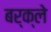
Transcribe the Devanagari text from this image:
बर्क्ले